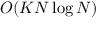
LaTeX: O ( K N \log N )